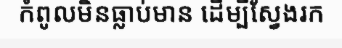
កំពូលមិនធ្លាប់មាន ដើម្បីស្វែងរក